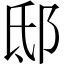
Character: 邸